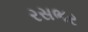
રસભર